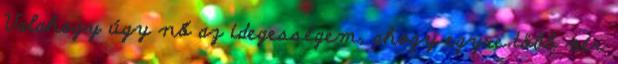
Valahogy úgy nő az idegességem, ahogy egyre több vér